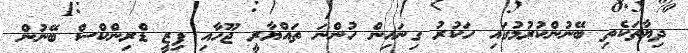
ދިޔާތަކެތި ބޭނުންކުރުމުގައި ހަކުރު ގިނައިން ހުންނަ ތައްޔާރީ ޖޫހާއި ފިޒީ ޑްރިންކްސް ބޭނުން